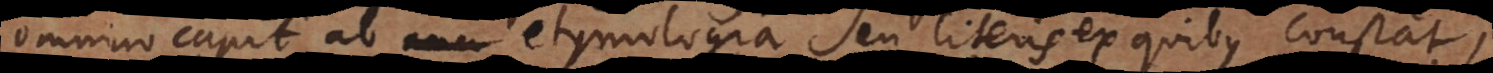
mnino capit ab ana etymologia seu literis ex quibus constat,